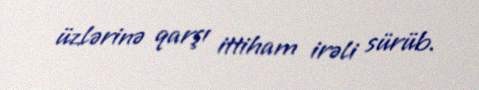
üzlərinə qarşı ittiham irəli sürüb.